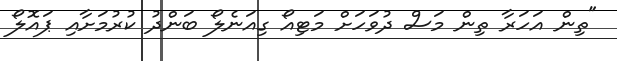
"ތިން އަހަރާ ތިން މަސް ދުވަހަށް މަޓިއޯ ގިއަނެލޯ ބަންދު ކުރުމަށާއި ޕައޮލޯ